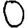
Digit: 0